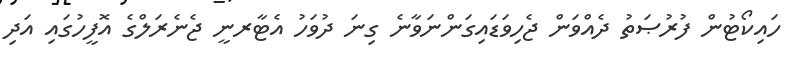
ހައިކޯޓުން ފުރުޞަތު ދެއްވަން ޖެހިވަޑައިގަންނަވާނެ ގިނަ ދުވަހު އެޓާރނީ ޖެނެރަލްގެ އޮފީހުގައި އަދި